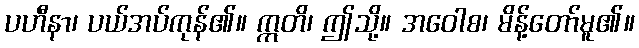
ပဟီနာ၊ ပယ်အပ်ကုန်၏။ ဣတိ၊ ဤသို့။ အဝေါစ၊ မိန့်တော်မူ၏။